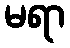
မရာ